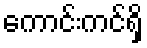
ကောင်းကင်ရှိ